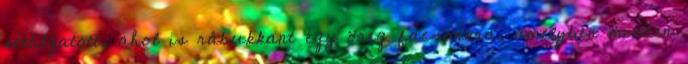
sétálgatott, ahol is rábukkant egy öreg facsonkra, amelyben minden